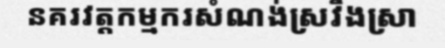
នគរវត្តកម្មករសំណង់ស្រវឹងស្រា